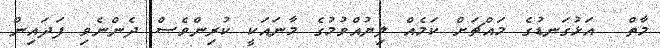
މާތް  އަޅުގަނޑުގެ މައްޗަށް ކަމެއް ލިޔުއްވުމުގެ މާނައަކީ ކުރިންވެސް ދެންނެވި ފަދައިން